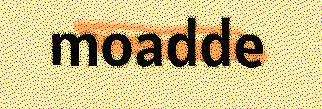
moadde